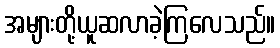
အများတို့ယူဆလာခဲ့ကြလေသည်။